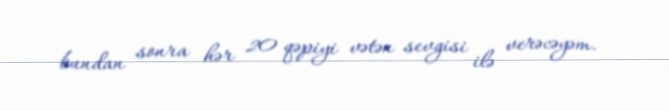
bundan sonra hər 20 qəpiyi vətən sevgisi ilə verəcəyəm.